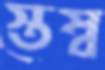
স্তম্ব